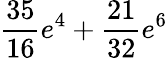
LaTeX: \frac{35}{16}e^{4}+\frac{21}{32}e^{6}